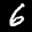
Label: 6